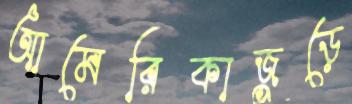
আমেরিকাজুড়ে